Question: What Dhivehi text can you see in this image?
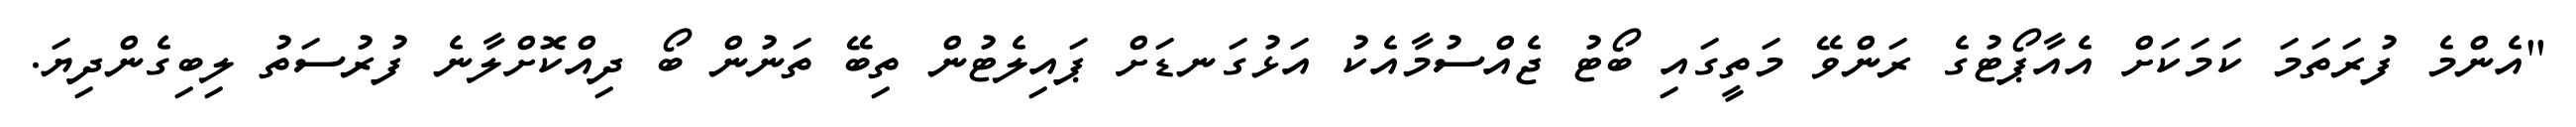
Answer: "އެންމެ ފުރަތަމަ ކަމަކަށް އެއާޕޯޓުގެ ރަންވޭ މަތީގައި ބޯޓު ޖެއްސުމާއެކު އަޅުގަނޑަށް ޕައިލެޓުން ތިބޭ ތަނުން ބޯ ދިއްކޮށްލާނެ ފުރުސަތު ލިބިގެންދިޔަ.